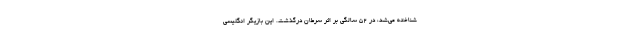
شناخته می‌شد، در ۵۲ سالگی بر اثر سرطان درگذشت. این بازیگر انگلیسی